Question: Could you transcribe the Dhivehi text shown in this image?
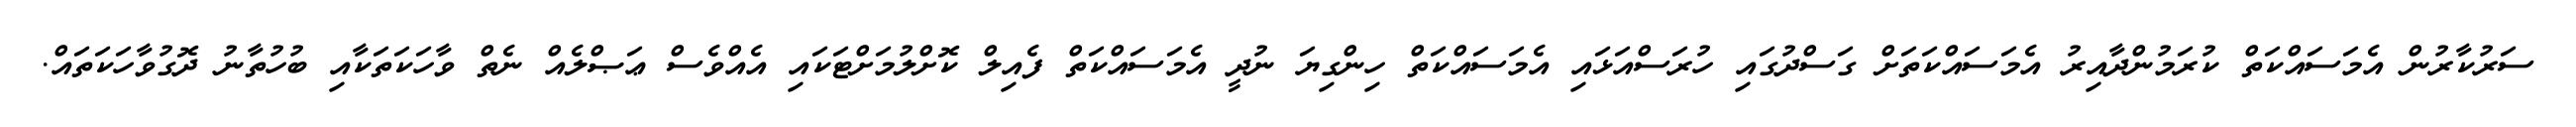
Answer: ސަރުކާރުން އެމަސައްކަތް ކުރަމުންދާއިރު އެމަސައްކަތަށް ގަސްދުގައި ހުރަސްއަޅައި އެމަސައްކަތް ހިންގިޔަ ނުދީ އެމަސައްކަތް ފެއިލް ކޮށްލުމަށްޓަކައި އެއްވެސް ޢަޞްލެއް ނެތް ވާހަކަތަކާއި ބުހުތާނު ދޮގުވާހަކަތައް.